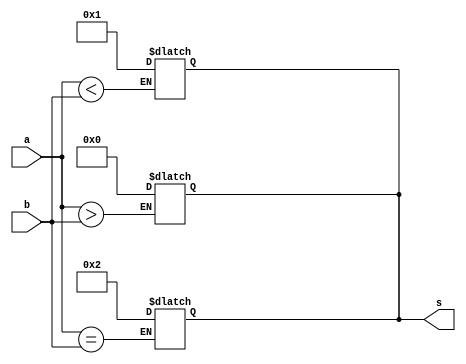
module comp (input [31:0] a , b,
		output reg [3:0 ] s );

always @ (*) 
if  ((a>b)) s = 0;
	  

always @ (*) 
if  (a<b) s = 1 ;
	

always @ (*) 
if  (a==b) s = 2 ;
	

endmodule